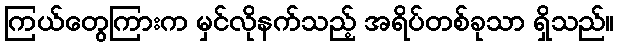
ကြယ်တွေကြားက မှင်လိုနက်သည့် အရိပ်တစ်ခုသာ ရှိသည်။